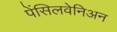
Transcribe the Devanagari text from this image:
पेंसिलवेनिअन